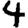
Digit: 4